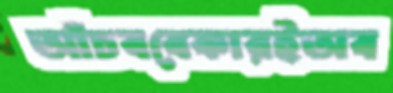
আঁচববেকারইঅব